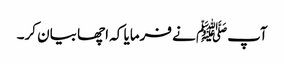
آپﷺ نے فرمایا کہ اچھا بیان کر۔